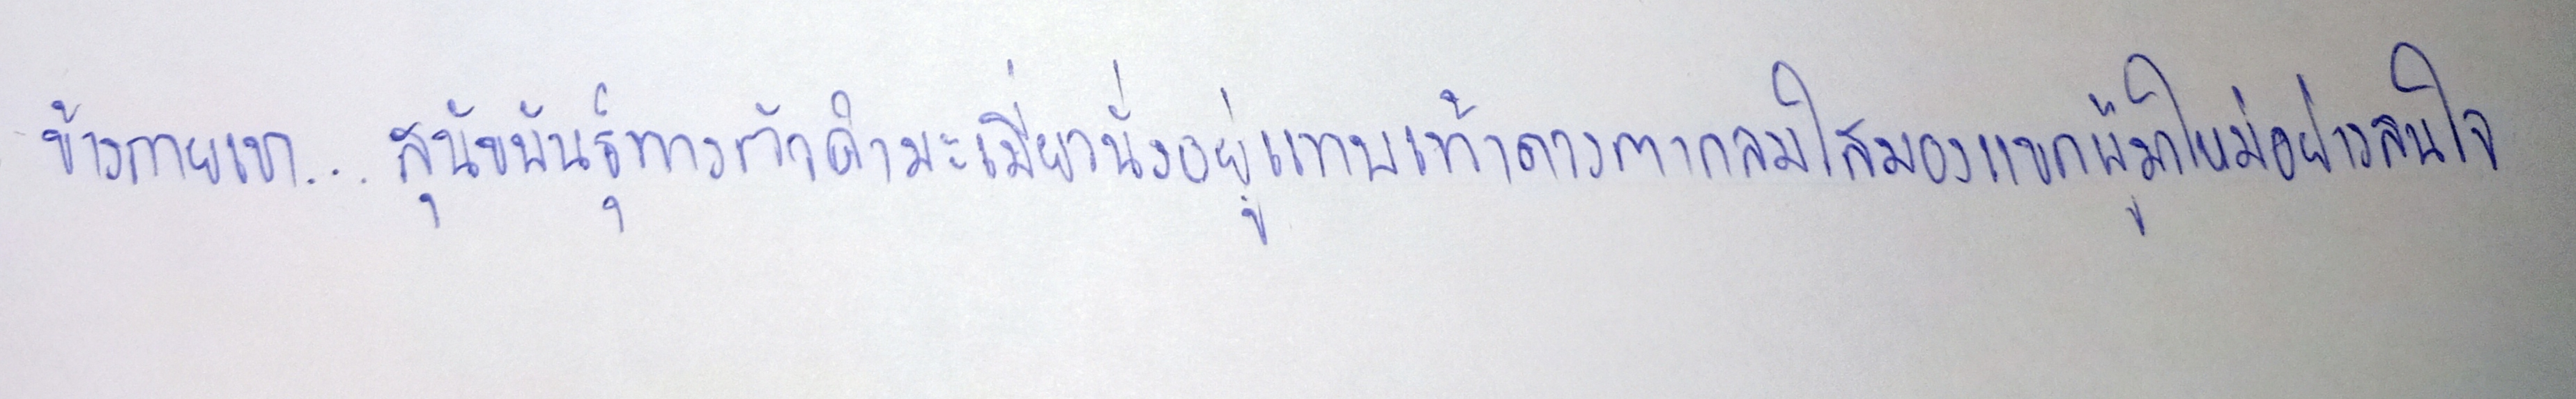
ข้างกายเขา...สุนัขพันธุ์ทางตัวดำมะเมี่ยมนั่งอยู่แทบเท้าดวงตากลมใสมองแขกผู้มาใหม่อย่างสนใจ